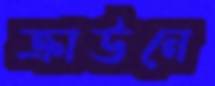
ক্রাউনে